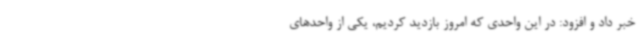
خبر داد و افزود: در این واحدی که امروز بازدید کردیم، یکی از واحدهای